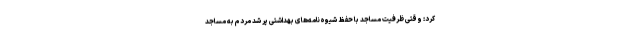
کرد: وقتی ظرفیت مساجد با حفظ شیوه‌نامه‌های بهداشتی پر شد مردم به مساجد